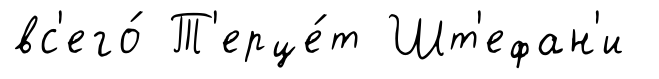
вс'его́ Т'ерце́т Шт'ефан'и